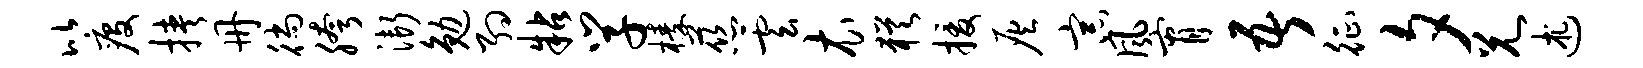
比疫挟册徜胯渐勉约粘学榛慈云衣犹援灰宗风宵吾征夕兄述